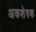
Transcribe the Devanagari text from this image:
अकशेरुक